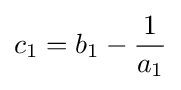
c_{1}=b_{1}-{\frac {1}{a_{1}}}